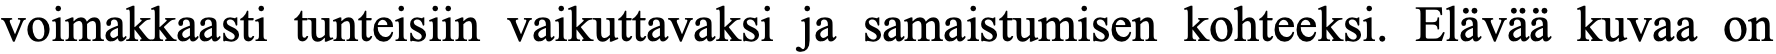
voimakkaasti tunteisiin vaikuttavaksi ja samaistumisen kohteeksi. Elävää kuvaa on